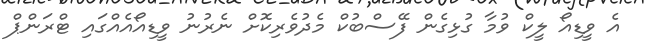
އެ ވީޑިއޯ ލީކް ވުމާ ގުޅިގެން ފޭސްބުކް މެދުވެރިކޮށް ނެރުނު ވީޑިއޯއެއްގައި ޓްރަންޕް